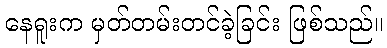
နေရူးက မှတ်တမ်းတင်ခဲ့ခြင်း ဖြစ်သည်။